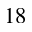
^ { 1 8 }